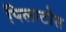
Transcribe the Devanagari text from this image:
पिलाटोस